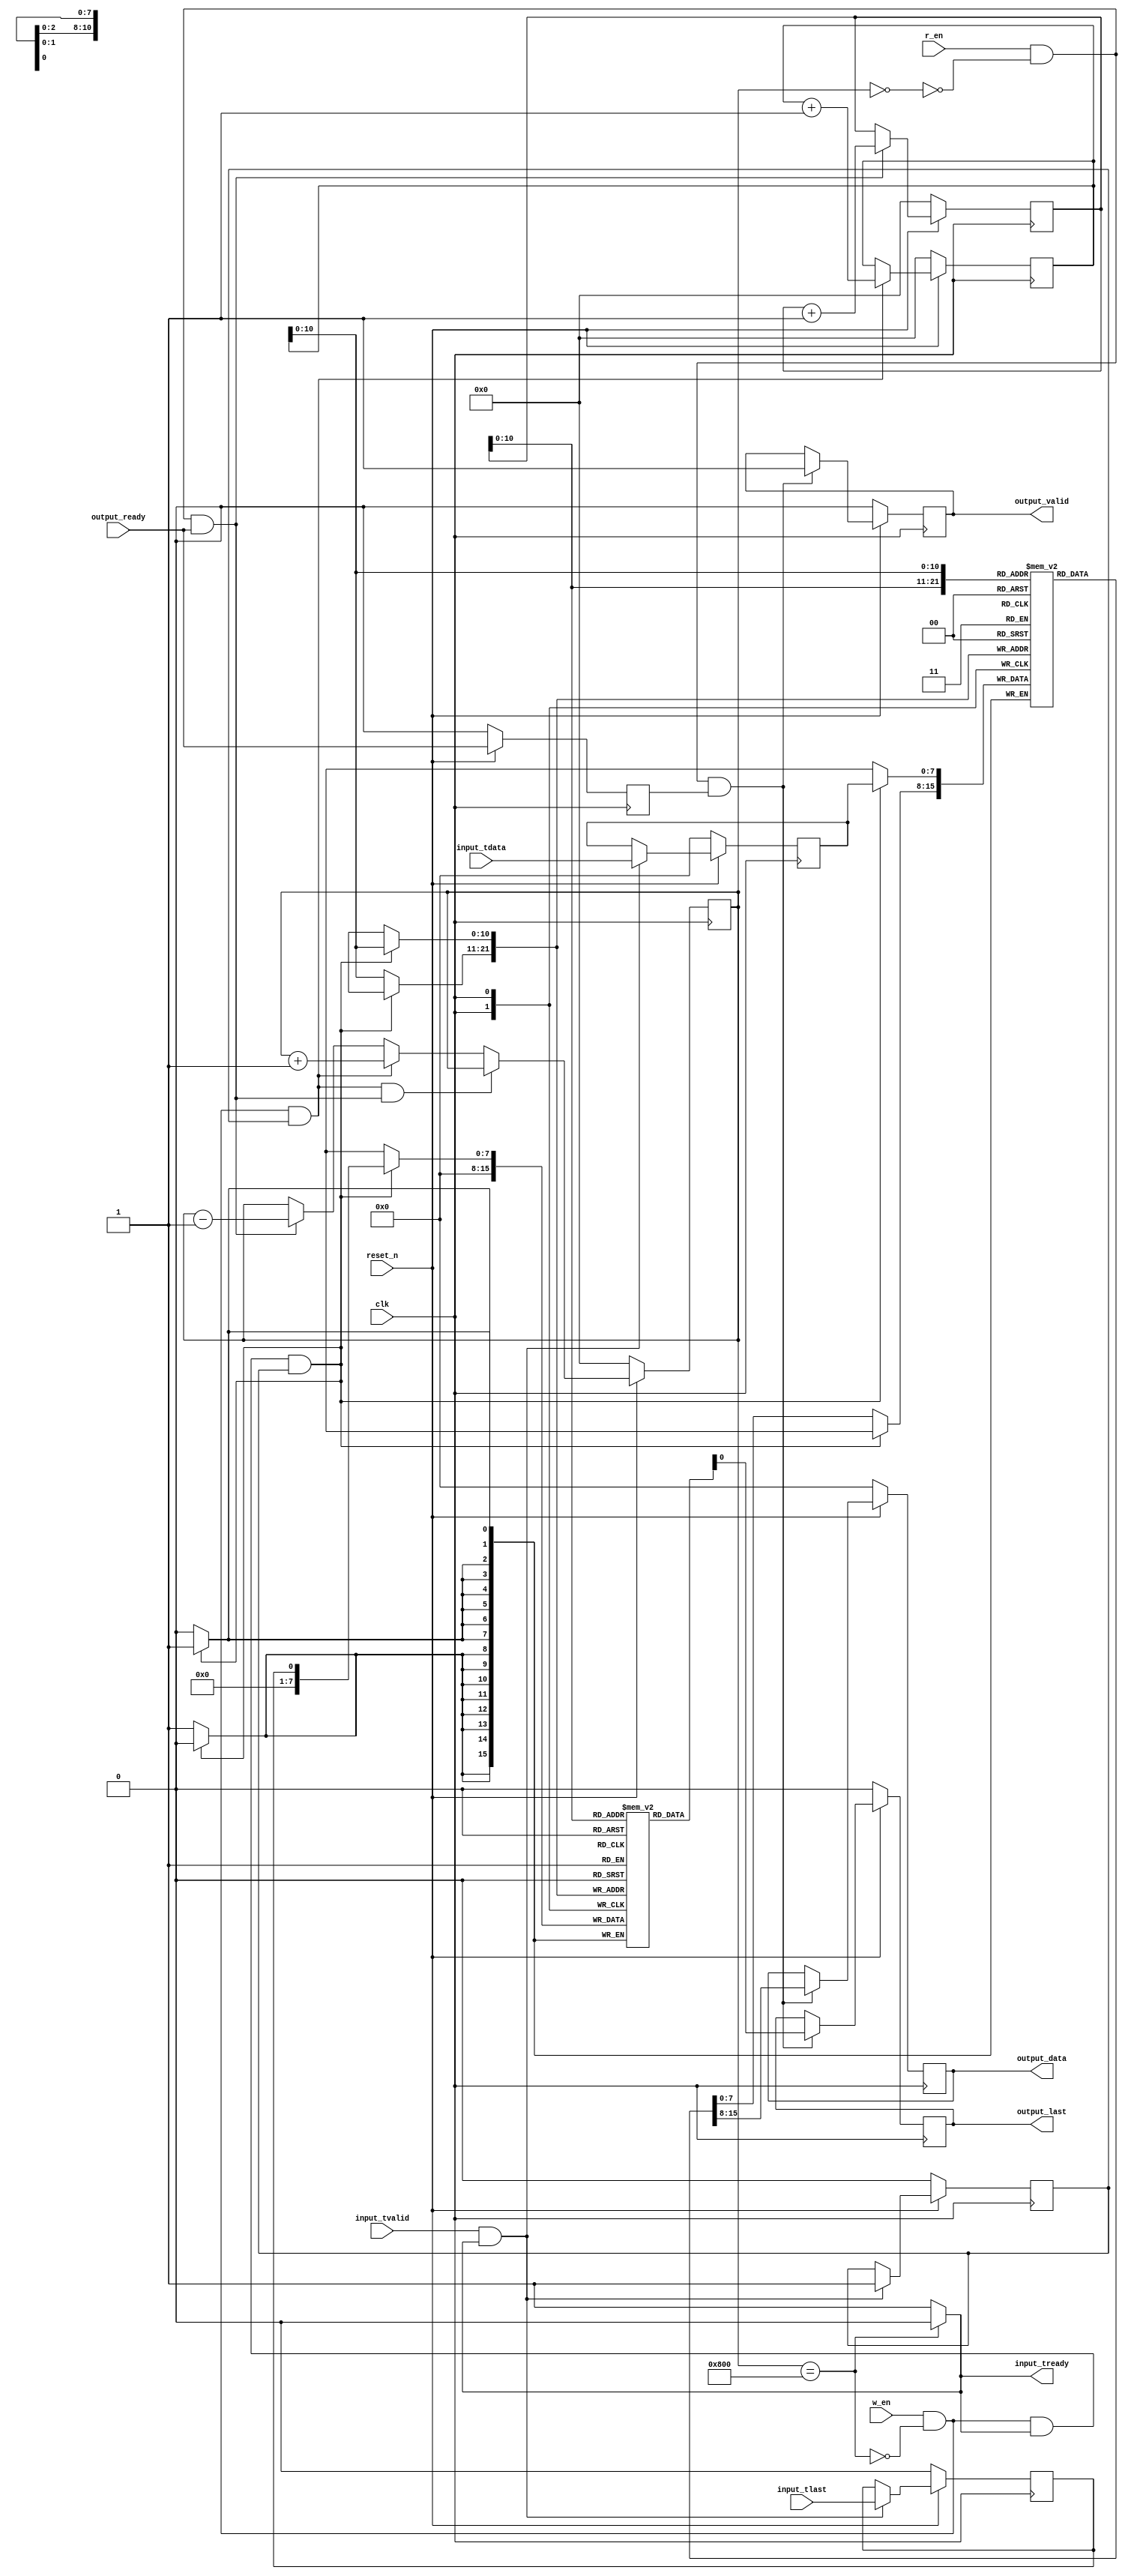
`timescale 1ns / 1ps
//////////////////////////////////////////////////////////////////////////////////
// Company: 
// Engineer: 
// 
// Design Name: 
// Module Name: fifo
// Project Name: 
// Target Devices: 
// Tool Versions: 
// Description: 
// 
// Dependencies: 
// 
// Revision:
// Revision 0.01 - File Created
// Additional Comments:
// 
//////////////////////////////////////////////////////////////////////////////////


module fifo(
input clk,
input reset_n,
input w_en,
input r_en,
input [7:0]input_tdata,
input input_tvalid,
output input_tready,
input input_tlast,
output [7:0]output_data,
input output_ready,
output output_valid,
output output_last
    );
    
    reg [7:0]rdata;
    reg rvalid;
    reg rlast;
    reg [11:0] w_ptr;
    reg [11:0]r_ptr;
    reg [11:0]count;
    reg [7:0]mem[2047:0];
    reg [7:0]mem_last[2047:0];
    reg empty = 1;
    reg full = 0;
    reg [7:0]r_output_data;
    reg r_output_valid;
    reg r_output_last;
    reg r_output_ready;
    
 integer i;
    // mem initiliazation to 0;
    initial begin
    // Initialize mem to all zeros
    for (i = 0; i < 2048; i = i + 1) begin
        mem[i] = 8'h00; // 8'h00 represents an 8-bit value of all zeros
        mem_last[i] = 8'h00;
    end
end
    //assigning operator
    assign input_tready = (full)?0:1; 
    assign output_data = r_output_data;
    assign output_valid = r_output_valid;
    assign output_last = r_output_last; 
    // condition for empty and full
    always@(count)
    begin
    empty <= (count == 0);
    full <= (count == 12'd2048);
    end
    
    
    //block for fifo count 
    always@(posedge clk)
    begin
    if(!reset_n) count <= 0;
    else if((!full && w_en && rvalid) && (!empty && r_en && output_ready)) count <= count;
    else if(!full && w_en && rvalid) count <= count + 1;
    else if(!empty && r_en && output_ready) count <= count - 1;
    else count <= count;
    end
    
    
    // block for write pointer and read pointer
    always@(posedge clk)
    begin
    if(!reset_n)
    begin
    w_ptr <= 0;
    r_ptr <= 0;
    end
    else  begin
             if (!full && w_en && rvalid) w_ptr <= w_ptr + 1;
             else w_ptr <= w_ptr;
             if (!empty && r_en && output_ready) r_ptr <= r_ptr + 1;
             else r_ptr <= r_ptr; 
    end
    end
    
    
    //data transfer axi input
    always@(posedge clk)
    begin
    if(!reset_n)
    begin
   rdata <= 0;
   rvalid <= 0;
   rlast <= 0; 
    end
    else if(input_tvalid && input_tready)
    begin
    rdata <= input_tdata;
    rvalid <= 1;
    rlast <= input_tlast;
    end
    end
    
    //registering the output_ready
    always@(posedge clk)
    begin
    if(!reset_n) r_output_ready <= 0;
    else r_output_ready <= output_ready;
    end
    
    
    // data to output
    always@(posedge clk)
    begin
    if (!reset_n) 
    begin
    r_output_data <= 0;
    r_output_valid <= 0;
    r_output_last <= 0;
    end
    else begin
         if(r_en && !empty && r_output_ready) begin
         r_output_data <= mem[r_ptr];
         r_output_valid <= 1;
         r_output_last <= mem_last[r_ptr];
         end
         else begin
         r_output_data <= output_data;
         r_output_valid <= r_output_valid;
         r_output_last <= output_last;
         end
    end
    end
    
    // data input 
    always@(posedge clk)
    begin
    if(w_en && !full && input_tready && rvalid) mem[w_ptr] <= rdata;
    else mem[w_ptr] <= mem[w_ptr];
    end
     // tlast mem
    always@(posedge clk)
    begin
    if(w_en && !full && input_tready && rvalid) mem_last[w_ptr] <= rlast;
    else mem_last[w_ptr] <= 0;
    end
    
    
endmodule